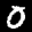
Label: 0